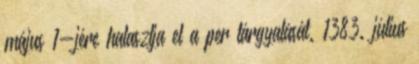
május 1-jére halasztja el a per tárgyalását. 1383. július